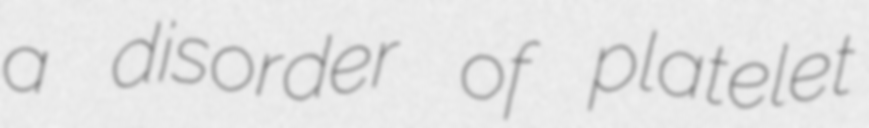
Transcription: a disorder of platelet